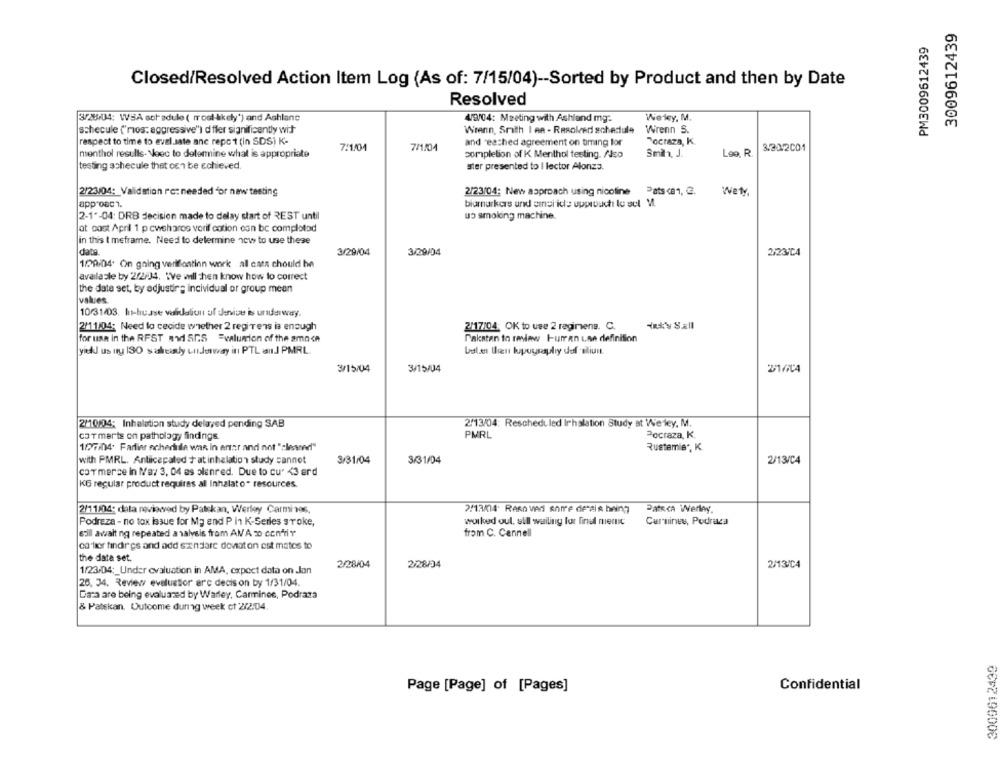
3009612439
PM3009612439
Closed/Resolved Action Item Log (As of: 7/15/04) -- Sorted by Product and then by Date
Resolved
3/28-04: WSA sofadule ( most likely') and Ashlane
4/9/04: Meeting with Ashland mg:
Wesley, M.
schecule ("mos: aggressive") d'fler significantly wit
Wrenn, Srith I en - Resolved schedule
Wrenn S.
respect to time to evel.sate anc repet (in SDS) K-
and reached agreement on timing for
Poctaza, K.
7:1/04
7/1/04
3.30/2001
menthol results- Noec to determine what is appropriate
completion of K Menthol testing. /Jeo
Smin, J.
Leo, R.
testing achecule that oen be achieved.
ster presented to I lector Alonza.
2/23/04: New approach using nicoline
Pats (81, G.
2/23/04 :_ Validation ro: needed for new testing
WeMy,
approach.
biomarkers und emsi ide upprouchi lo sel V.
2-1"-04: DRB decision made to delay start of REST until
up smoking machine.
at cost April 1 p owsharos vorif cation can bc complotod
in this t meframe. Need to determine how to use these
data
3/29/04
3/29/04
2/23/04
199-04. On gning verifontinn work all caen chould be
available by 2/2/34. We will then know how to correct
the data set, by adjusting incividual or group mean
values
10/31/03. It-husse validation uf denise is underway.
2/11/04: Need to cecide whether 2 regiTens is enough
2/17/04: OK to use 2 regimens. C.
for use in the REST and SRS =valunion of the amnce
Pakatan to review Huren Lse definition
yiedil us ity 130 salleady underway in PTL auJ PMRL.
bulan then lupography dof Blivit
3/15/04
3/15/04
2/10/04: Inhalation study delayed pending SAB
2/13/04: Rescheduled Inhalation Study at Weley, M.
PMRL
Poctaza, K.
caTmarts on pathology findings.
107/04. Farlier schedule was in erar and not "cleaned"
Rustamie", K.
with PMRL. Anticacated +at inhalation study cannot
3/31/04
3/31/04
2/13/C4
cormerce in Na: 3, 04 as plenred. Due to cu' <3 ard
KG regular product requires al Inhalato" resources.
2/11/04: data reviewed by Pakskan, Werley Carmin06.
2/13/04. Reso ved shire demais being
Pateca Werley.
Podreza - no tox issue for Mg end P in K-Series sroke,
worked out, sull wailing for final menic
Carminey, Podraca
erill await ng repeated a valyeis from AN A 20 confir
from C. Cannell
color findires and add sandare dovat on est matos to
the data set.
2/28/04
2/28/34
2/13/C4
1/23/04 :_ Under evaluation in AMA, expect data on Jan
26, 34. Reviewy evalustor arc decis on by 1/31/04.
Data are being evaluated by Warley, Carminee, Podraza
& Patekan. Outcome dung week ct 2/2:04.
3009612439
Confidential
Page [Page] of [Pages]